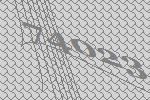
74023